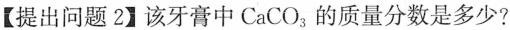
【提出问题2】该牙膏中CaCO_{3}的质量分数是多少?